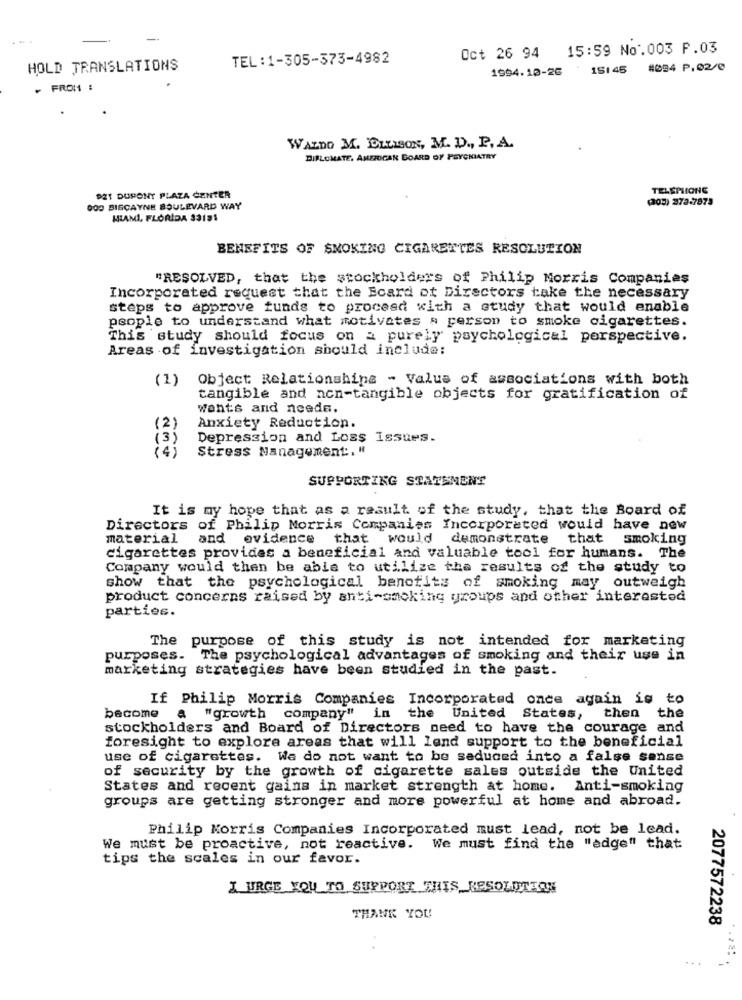
--
15:59 No.003 F.03
TEL:1-305-373-4982
Oct 26 94
HOLD TRANSLATIONS
1994.10-26
151 45
#054 P.02/0
FROM :
WALDO M. ELLISON, M. D ., P. A.
DIPLOMATE, AMERICAN BOARD OF PSYCHIATRY
TELEPHONE
921 DUPONY PLAZA CENTER
(205) 372-7873
000 BISCAYNE BOULEVARD WAY
MIAMI, FLORIDA 33191
BENEFITS OF SMOKING CIGARETTES RESOLUTION
"RESOLVED, that the stockholders of Philip Morris Companies
Incorporated request that the Ecard ot Directors take the necessary
steps to approve funds to proceed with a study that would enable
people to understand what motivates a person to smoke cigarettes.
This study should focus on a purely psychological perspective.
Areas of investigation should include:
(1)
Object Relationshins - Value of associations with both
tangible and non-tangible objects for gratification of
Wants and needs.
(2)
Anxiety Reduction.
(3)
Depression and Loss Issues.
Stress Management :, "
SUPPORTING STATEMENT
It is my hope that as a result of the study, that the Board of
Directors of Philip Morris Companies Incorporated would have new
material and evidence that would demonstrate
that smoking
cigarettes provides a beneficial and valuable tool for humans. The
Company would then be able to utilize the results of the study to
show that the psychological benefits of smoking may outweigh
product concerns raised by anti-smoking groups and other interested
parties.
The
purpose of this study is not intended for marketing
purposes. The psychological advantages of smoking and their use in
marketing strategies have been studied in the past.
If Philip Morris Companies Incorporated once again is to
become
then
a
"growth company" in the United States,
the
stockholders and Board of Directors need to have the courage and
foresight to explore areas that will lend support to the beneficial
use of cigarettes. We do not want to be seduced into a false sense
of security by the growth of cigarette sales outside the United
States and recent gains in market strength at home. Anti-smoking
groups are getting stronger and more powerful at home and abroad.
Philip Morris Companies Incorporated must lead, not be lead.
We must be proactive, not reactive. We must find the "edge" that
tips the scales in our favor.
I URGE YOU TO SUPPORT THIS RESOLUTION
THANK YOU!
2077572238